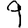
Digit: 9